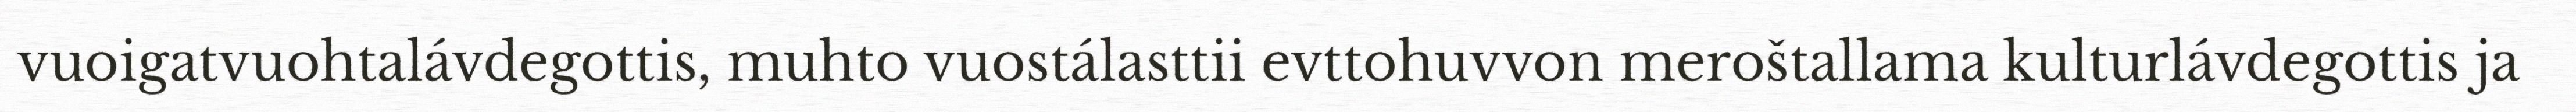
vuoigatvuohtalávdegottis, muhto vuostálasttii evttohuvvon meroštallama kulturlávdegottis ja